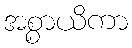
အစ္စာယိကာ